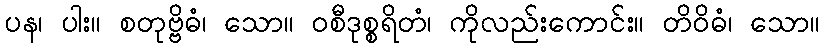
ပန၊ ပါး။ စတုဗ္ဗိဓံ၊ သော။ ဝစီဒုစ္စရိတံ၊ ကိုလည်းကောင်း။ တိဝိဓံ၊ သော။